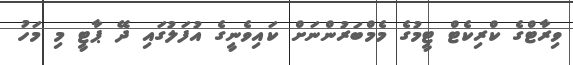
ވިރާޓްގެ ކްރިކެޓް ޓީމުގެ މެމްބަރުންނަށް ކައިވެނީގެ އުފަލުގައި ދޭ ޕާޓީ މި މަހު